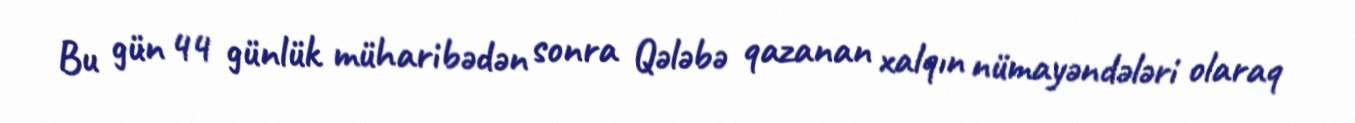
Bu gün 44 günlük müharibədən sonra Qələbə qazanan xalqın nümayəndələri olaraq